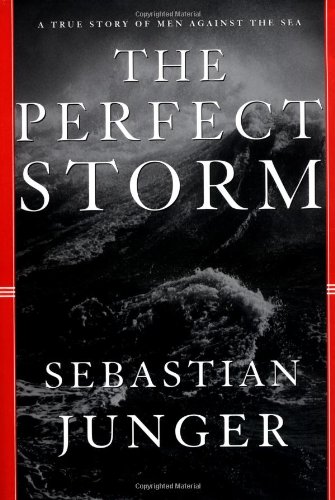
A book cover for The Perfect Storm: A True Story of Men Against the Sea; Sebastian Junger; Science & Math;